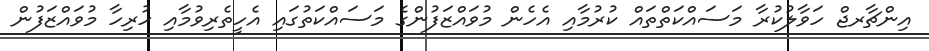
އިންޗާރޖް ހަވާލުކުރާ މަސައްކަތްތައް ކުރުމާއި އެހެން މުވައްޒަފުންގެ މަސައްކަތުގައި އެހީތެރިވުމާއި ހުރިހާ މުވައްޒަފުން